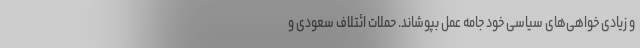
و زیادی خواهی‌های سیاسی خود جامه عمل بپوشاند. حملات ائتلاف سعودی و